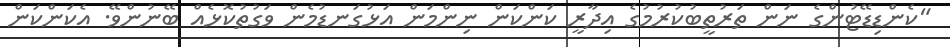
"ކެންޑިޑޭޓުންގެ ނަން ތަރުތީބުކުރުމުގެ އިދާރީ ކަންކަން ނިންމަން އަޅުގަނޑުމެން ވަގުތުކޮޅެއް ބޭނުންވޭ. އެކަންކަން